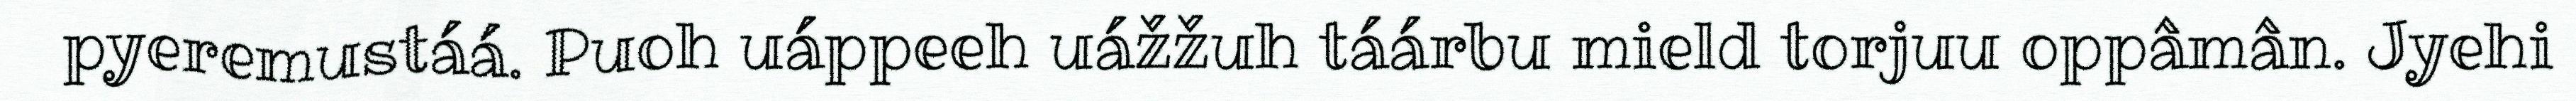
pyeremustáá. Puoh uáppeeh uážžuh táárbu mield torjuu oppâmân. Jyehi